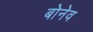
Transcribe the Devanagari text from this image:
बोनेव